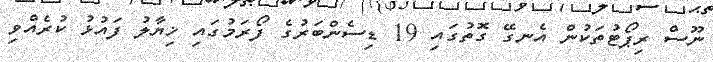
ނޫސް ރިޕޯޓުތަކުން އެނގޭ ގޮތުގައި 19 ޑިސެންބަރުގެ ފޯރަމުގައި ޚިޔާލު ފައުޅު ކުރެއްވި